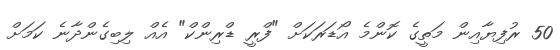
50 ރުފިޔާއިން މަތީގެ ކޮންމެ އޯޑަރަކަށް "ފްރީ ޑްރިންކް" އެއް ލިބިގެންދާނެ ކަމަށް